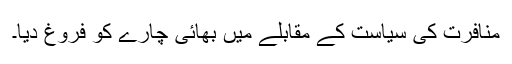
منافرت کی سیاست کے مقابلے میں بھائی چارے کو فروغ دیا۔